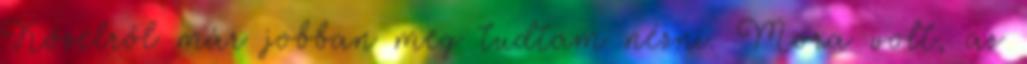
Közelről már jobban meg tudtam nézni. Mora volt, az